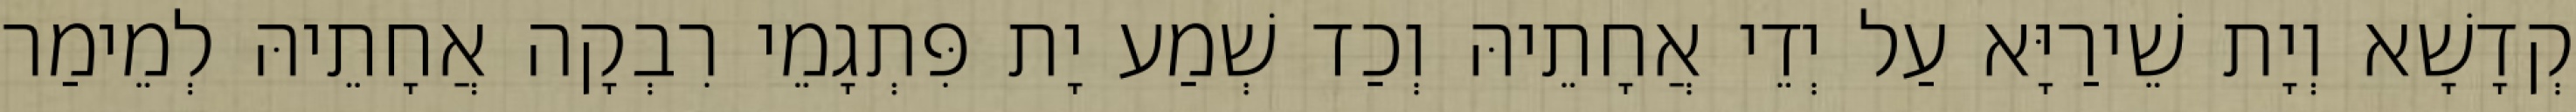
קְדָשָׁא וְיָת שֵׁירַיָּא עַל יְדֵי אֲחָתֵיהּ וְכַד שְׁמַע יָת פִּתְגָמֵי רִבְקָה אֲחָתֵיהּ לְמֵימַר